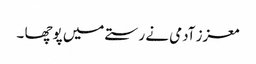
معزز آدمی نے رستے میں پوچھا ۔